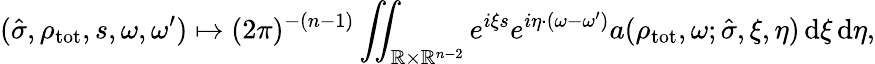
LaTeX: (\hat{\sigma},\rho_{\mathrm{tot}},s,\omega,\omega^{\prime})\mapsto(2\pi)^{-(n-1)}\iint_{\mathbb{R}\times\mathbb{R}^{n-2}}e^{i\xi s}e^{i\eta\cdot(\omega-\omega^{\prime})}a(\rho_{\mathrm{tot}},\omega;\hat{\sigma},\xi,\eta)\, {\mathrm d}\xi\, {\mathrm d}\eta,